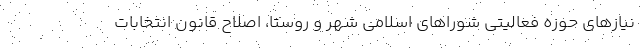
نیازهای حوزه فعالیتی شوراهای اسلامی شهر و روستا، اصلاح قانون انتخابات